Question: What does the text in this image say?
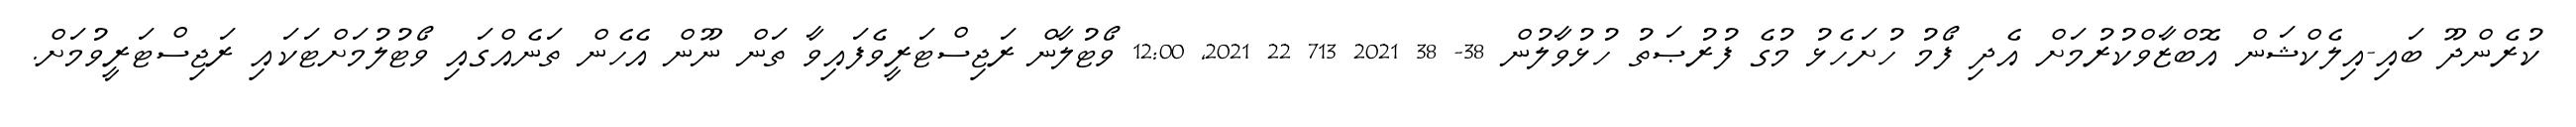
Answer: ކުރެންދޫ ބައި-އިލެކްޝަން އޮބްޒާވްކުރުމަށް އެދި ފޯމު ހުށަހެޅު މުގެ ފުރުޞަތު ހުޅުވާލުން 38- 38 2021 713 22 2021, 12:00 ވޯޓުލާން ރަޖިސްޓަރީވެފައިވާ ތަން ނޫން އެހެން ތަނެއްގައި ވޯޓުލުމަށްޓަކައި ރަޖިސްޓަރީވުމަށް.